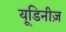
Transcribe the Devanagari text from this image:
यूडिनीज़